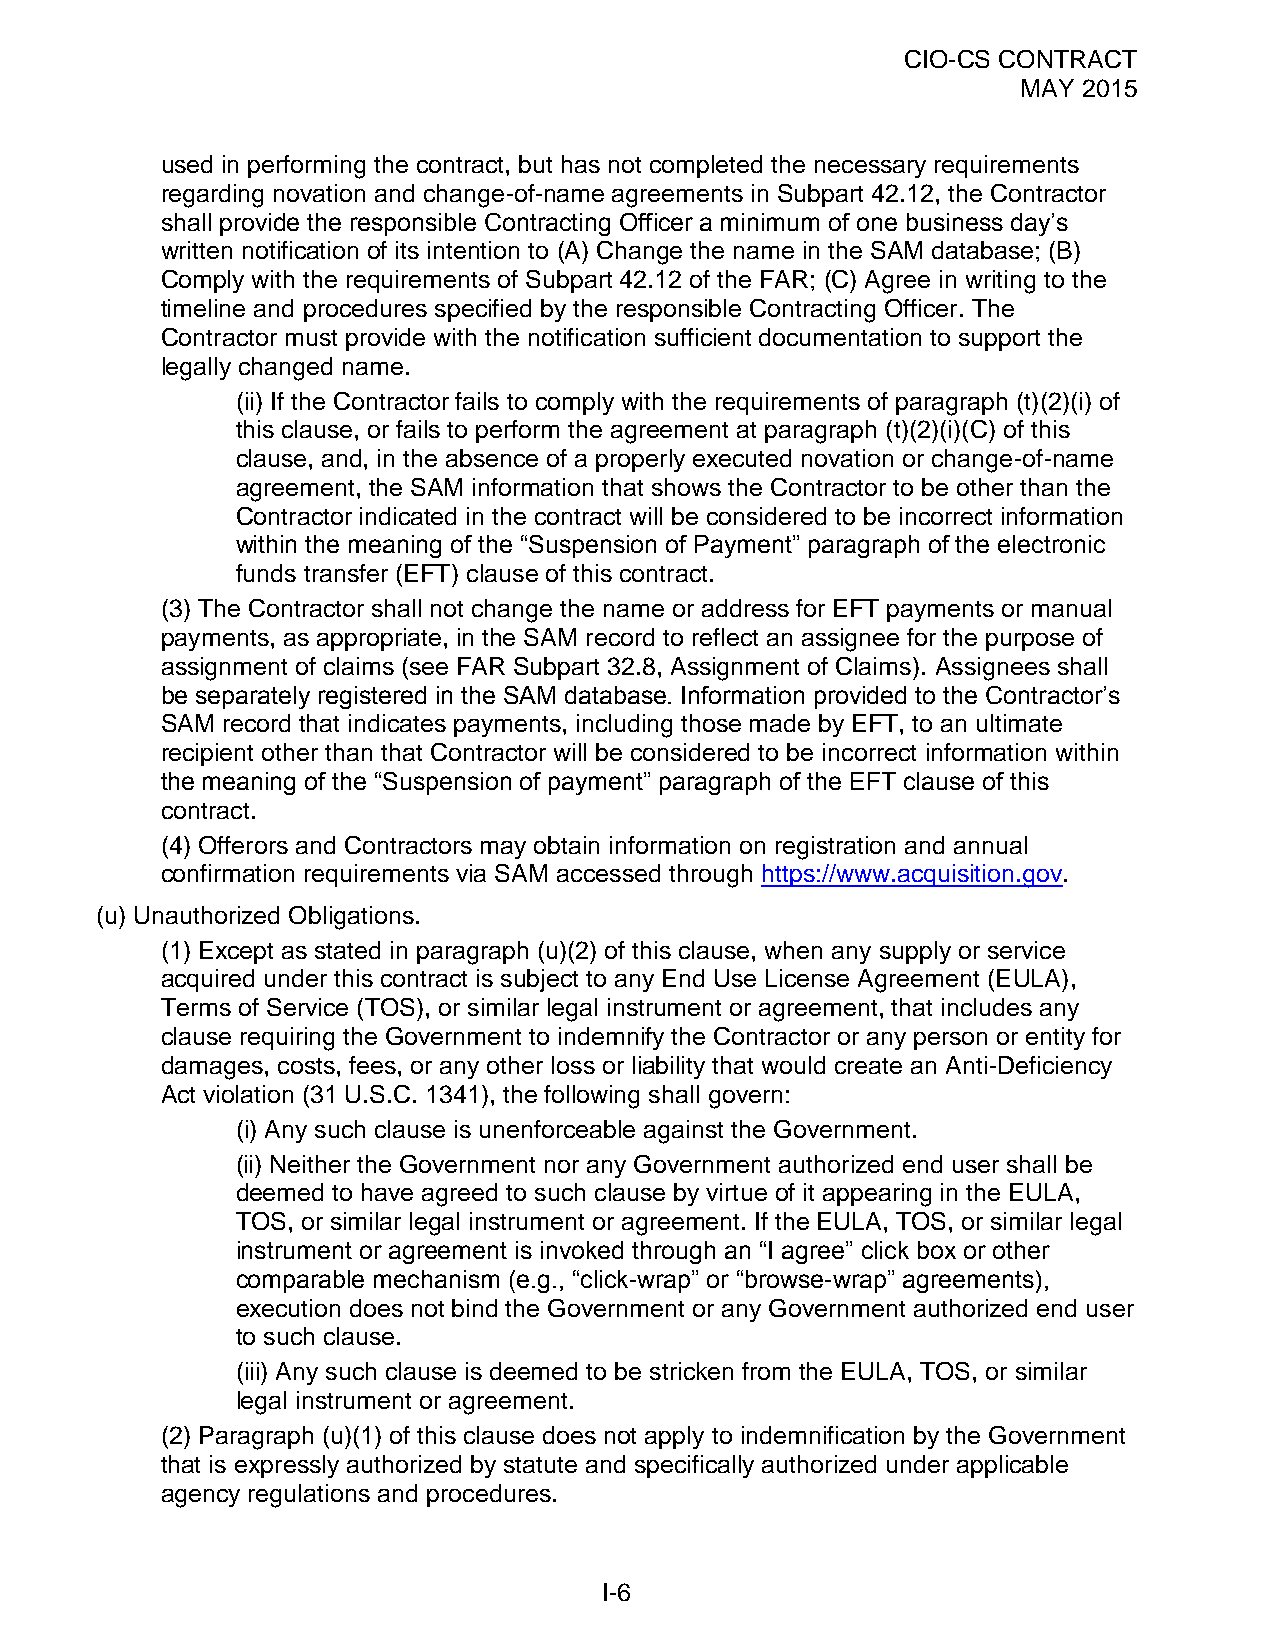
CIO-CS CONTRACT
 MAY 2015
 used in performing the contract, but has not completed the necessary requirements
 regarding novation and change-of-name agreements in Subpart 42.12, the Contractor
 shall provide the responsible Contracting Officer a minimum of one business day’s
 written notification of its intention to (A) Change the name in the SAM database; (B)
 Comply with the requirements of Subpart 42.12 of the FAR; (C) Agree in writing to the
 timeline and procedures specified by the responsible Contracting Officer. The
 Contractor must provide with the notification sufficient documentation to support the
 legally changed name.
 (ii) If the Contractor fails to comply with the requirements of paragraph (t)(2)(i) of
 this clause, or fails to perform the agreement at paragraph (t)(2)(i)(C) of this
 clause, and, in the absence of a properly executed novation or change-of-name
 agreement, the SAM information that shows the Contractor to be other than the
 Contractor indicated in the contract will be considered to be incorrect information
 within the meaning of the “Suspension of Payment” paragraph of the electronic
 funds transfer (EFT) clause of this contract.
 (3) The Contractor shall not change the name or address for EFT payments or manual
 payments, as appropriate, in the SAM record to reflect an assignee for the purpose of
 assignment of claims (see FAR Subpart 32.8, Assignment of Claims). Assignees shall
 be separately registered in the SAM database. Information provided to the Contractor’s
 SAM record that indicates payments, including those made by EFT, to an ultimate
 recipient other than that Contractor will be considered to be incorrect information within
 the meaning of the “Suspension of payment” paragraph of the EFT clause of this
 contract.
 (4) Offerors and Contractors may obtain information on registration and annual
 confirmation requirements via SAM accessed through https://www.acquisition.gov.
 (u) Unauthorized Obligations.
 (1) Except as stated in paragraph (u)(2) of this clause, when any supply or service
 acquired under this contract is subject to any End Use License Agreement (EULA),
 Terms of Service (TOS), or similar legal instrument or agreement, that includes any
 clause requiring the Government to indemnify the Contractor or any person or entity for
 damages, costs, fees, or any other loss or liability that would create an Anti-Deficiency
 Act violation (31 U.S.C. 1341), the following shall govern:
 (i) Any such clause is unenforceable against the Government.
 (ii) Neither the Government nor any Government authorized end user shall be
 deemed to have agreed to such clause by virtue of it appearing in the EULA,
 TOS, or similar legal instrument or agreement. If the EULA, TOS, or similar legal
 instrument or agreement is invoked through an “I agree” click box or other
 comparable mechanism (e.g., “click-wrap” or “browse-wrap” agreements),
 execution does not bind the Government or any Government authorized end user
 to such clause.
 (iii) Any such clause is deemed to be stricken from the EULA, TOS, or similar
 legal instrument or agreement.
 (2) Paragraph (u)(1) of this clause does not apply to indemnification by the Government
 that is expressly authorized by statute and specifically authorized under applicable
 agency regulations and procedures.
 I-6